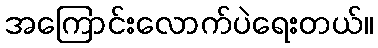
အကြောင်းလောက်ပဲရေးတယ်။